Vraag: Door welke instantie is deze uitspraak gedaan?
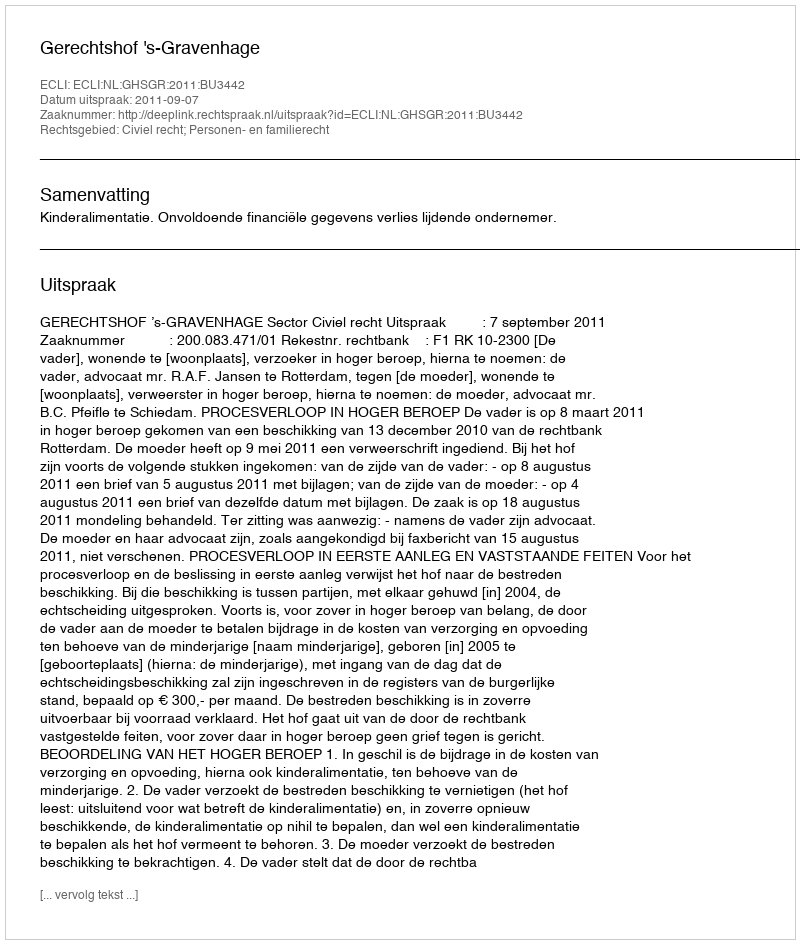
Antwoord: Gerechtshof 's-Gravenhage